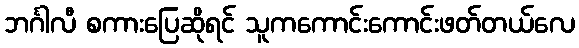
ဘင်္ဂါလီ စကားပြေဆိုရင် သူကကောင်းကောင်းဖတ်တယ်လေ